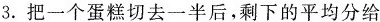
3.把一个蛋糕切去一半后，剩下的平均分给